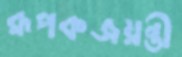
রূপকজয়ন্তী